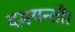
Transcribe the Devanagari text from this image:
दमयन्ती।